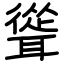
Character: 聳